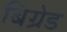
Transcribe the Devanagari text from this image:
बिग्रेड